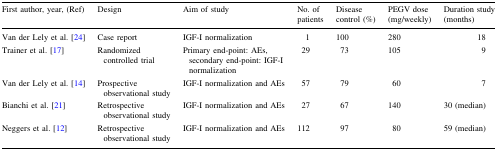
| First author, year, (Ref) | Design | Aim of study | No. of patients | Disease control (%) | PEGV dose (mg/weekly) | Duration study (months) |
 | --- | --- | --- | --- | --- | --- | --- |
 | Van der Lely et al. [24] | Case report | IGF-I normalization | 1 | 100 | 280 | 18 |
 | Trainer et al. [17] | Randomized controlled trial | Primary end-point: AEs, secondary end-point: IGF-I normalization | 29 | 73 | 105 | 9 |
 | Van der Lely et al. [14] | Prospective observational study | IGF-I normalization and AEs | 57 | 79 | 60 | 7 |
 | Bianchi et al. [21] | Retrospective observational study | IGF-I normalization and AEs | 27 | 67 | 140 | 30 (median) |
 | Neggers et al. [12] | Retrospective observational study | IGF-I normalization and AEs | 112 | 97 | 80 | 59 (median) |